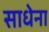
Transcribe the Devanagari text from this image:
साधेना